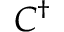
C ^ { \dagger }